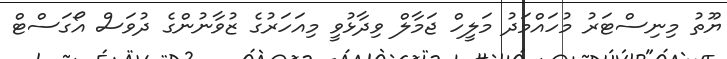
ޔޫތު މިނިސްޓަރު މުހައްމަދު މަލީހް ޖަމާލް ވިދާޅުވީ މިއަހަރުގެ ޒުވާނުންގެ ދުވަސް އޯގަސްޓް